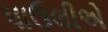
પાઉલીએ